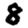
Digit: 8